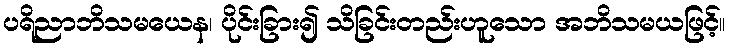
ပရိညာဘိသမယေန၊ ပိုင်းခြား၍ သိခြင်းတည်းဟူသော အဘိသမယဖြင့်။